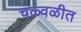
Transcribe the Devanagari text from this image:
चळ्वळीत